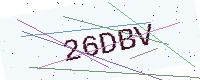
Text: 26DBV